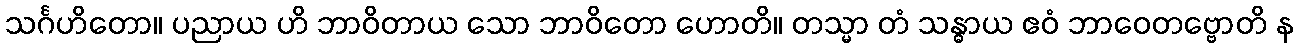
သင်္ဂဟိတော။ ပညာယ ဟိ ဘာဝိတာယ သော ဘာဝိတော ဟောတိ။ တသ္မာ တံ သန္ဓာယ ဧဝံ ဘာဝေတဗ္ဗောတိ န